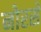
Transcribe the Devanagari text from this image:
नोरसे